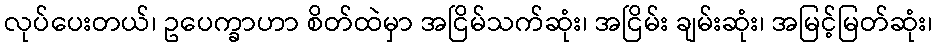
လုပ်ပေးတယ်၊ ဥပေက္ခာဟာ စိတ်ထဲမှာ အငြိမ်သက်ဆုံး၊ အငြိမ်း ချမ်းဆုံး၊ အမြင့်မြတ်ဆုံး၊